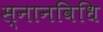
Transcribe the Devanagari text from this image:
स्नानविधि